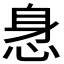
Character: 𰑢